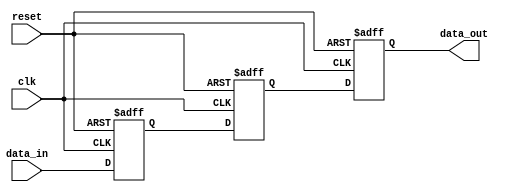
module three_flop_synchronizer (
    input wire clk,
    input wire reset,
    input wire data_in,
    output reg data_out
);

reg [2:0] flop1, flop2, flop3;

always @(posedge clk or posedge reset) begin
    if (reset) begin
        flop1 <= 1'b0;
        flop2 <= 1'b0;
        flop3 <= 1'b0;
    end else begin
        flop1 <= data_in;
        flop2 <= flop1;
        flop3 <= flop2;
    end
end

assign data_out = flop3;

endmodule